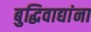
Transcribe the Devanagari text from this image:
बुद्धिवाद्यांना